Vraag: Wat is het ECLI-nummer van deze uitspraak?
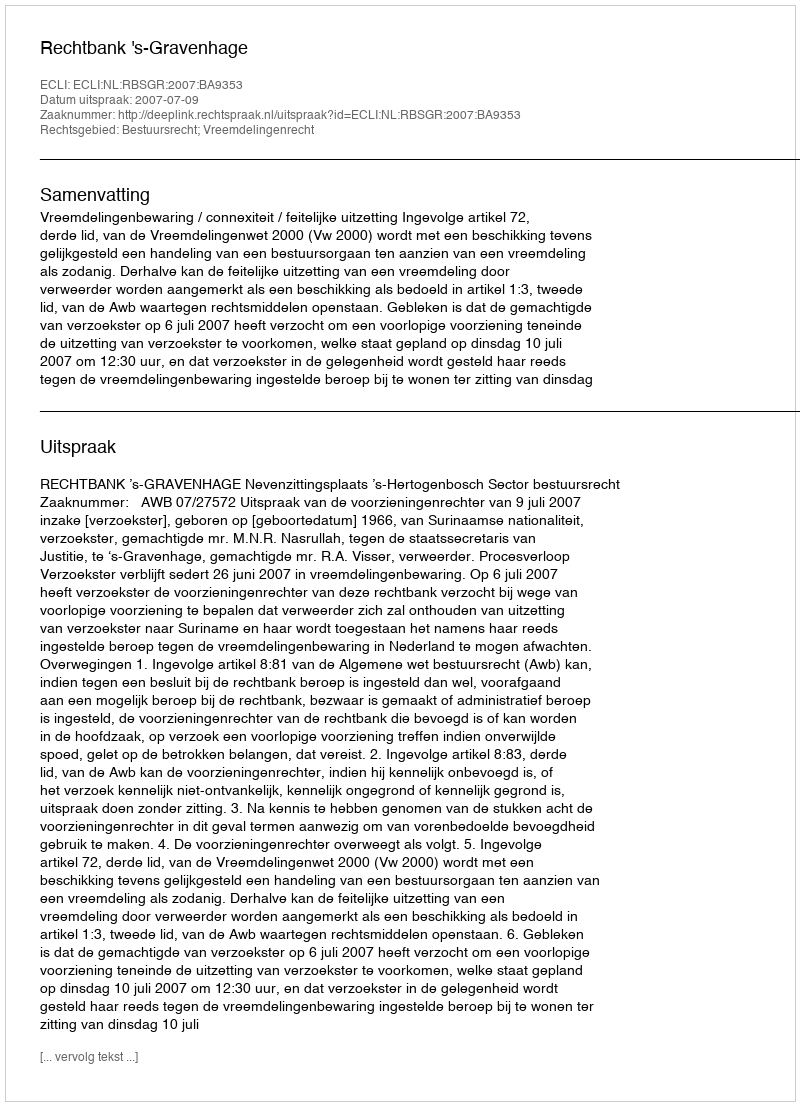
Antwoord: ECLI:NL:RBSGR:2007:BA9353